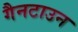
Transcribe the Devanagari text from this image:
गैनटाउन